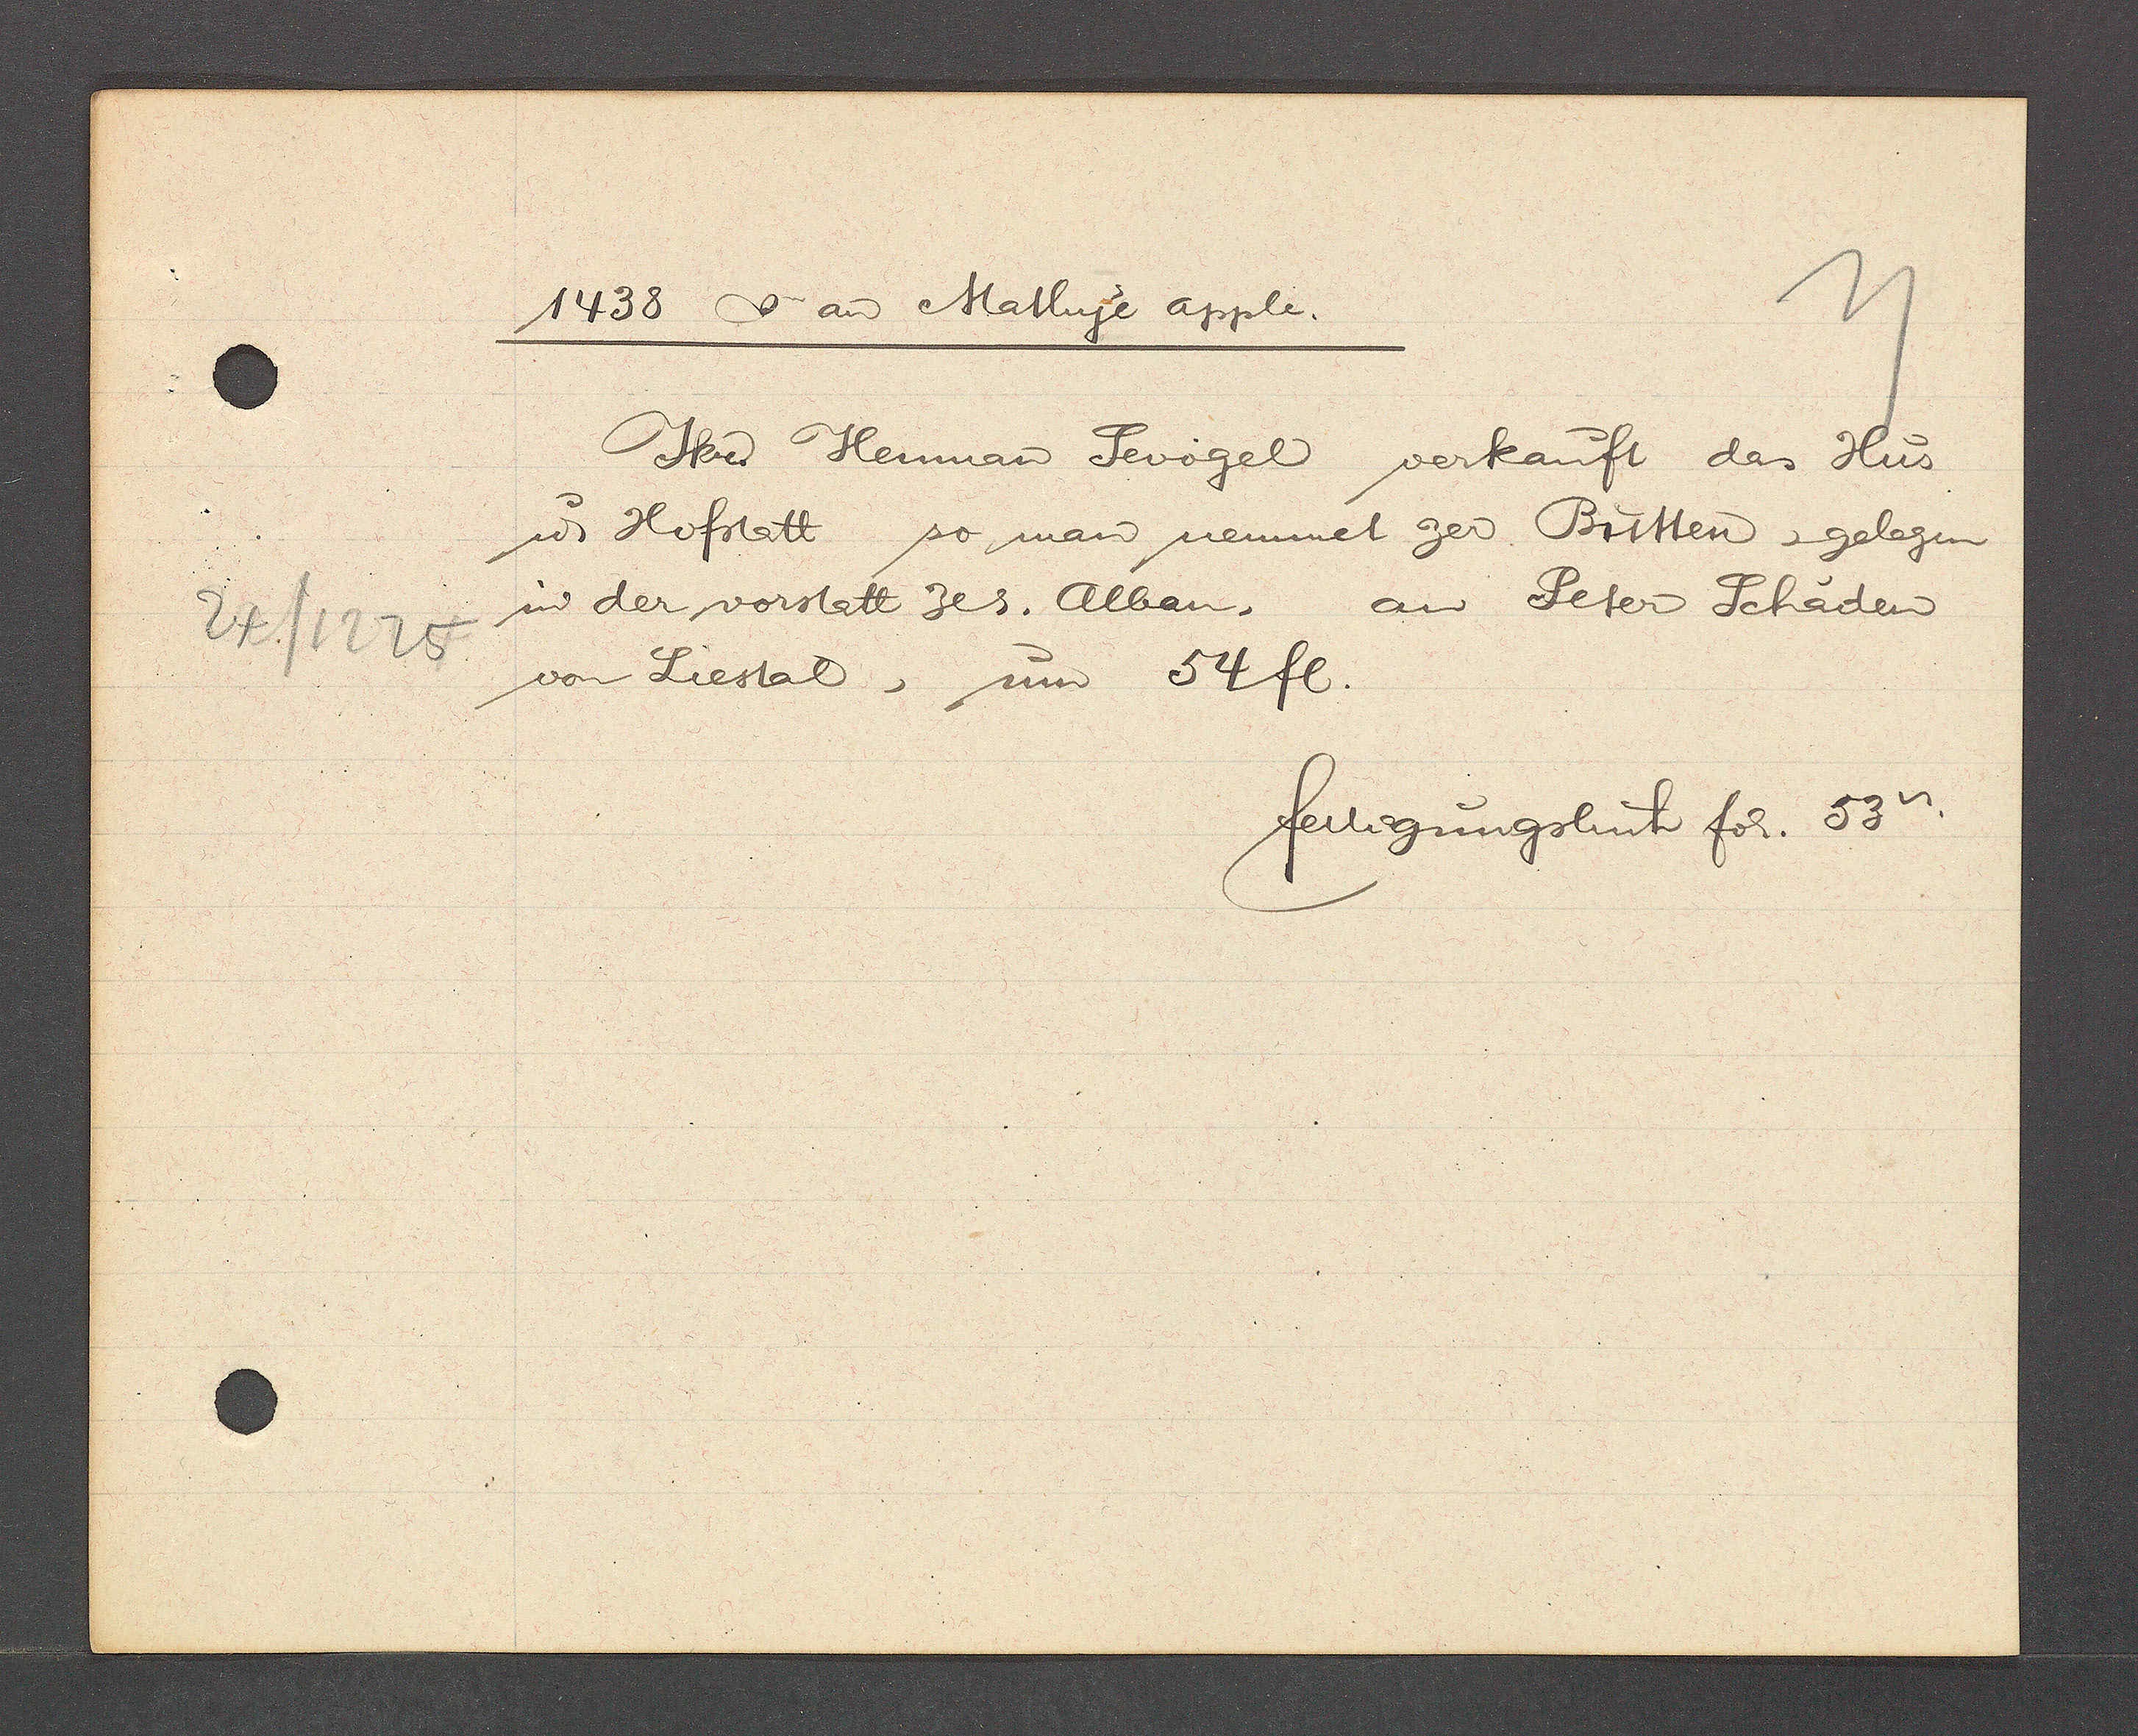
Transcript:
24/1225

1438 Ƿ an Mathye apple.

Jker Henman Sevogel verkauft das Hus
u. Hofstatt so man nennet zer Bittten, gelegen
in der vorstatt zer. Alban, an Peter Schaden
von Liestal, um 54 fl.

fertigungsbuch fol. 53.